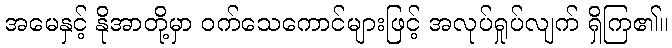
အမေနှင့် နိုအာတို့မှာ ဝက်သေကောင်များဖြင့် အလုပ်ရှုပ်လျက် ရှိကြ၏။